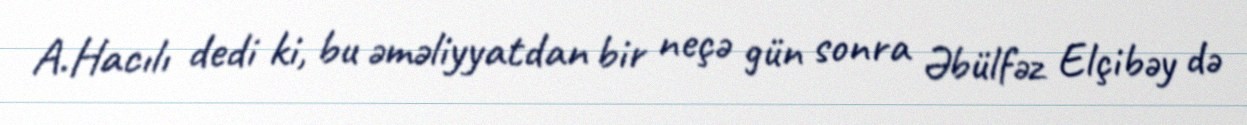
A.Hacılı dedi ki, bu əməliyyatdan bir neçə gün sonra Əbülfəz Elçibəy də